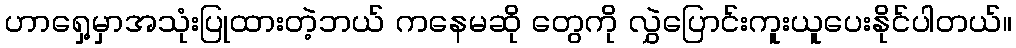
ဟာရှေ့မှာအသုံးပြုထားတဲ့ဘယ် ကနေမဆို တွေကို လွှဲပြောင်းကူးယူပေးနိုင်ပါတယ်။